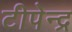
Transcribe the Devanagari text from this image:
टीपेन्द्र